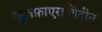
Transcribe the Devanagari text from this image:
खुलफ़ाएराशिदीन